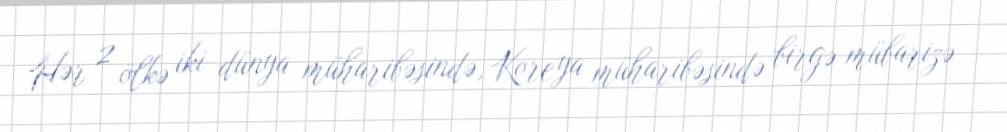
Hər 2 ölkə iki dünya müharibəsində, Koreya müharibəsində birgə mübarizə